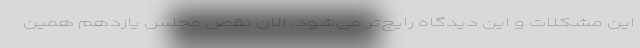
این مشکلات و این دیدگاه رایج‌تر می‌شود. الان نقص مجلس یازدهم همین